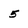
Character: 5